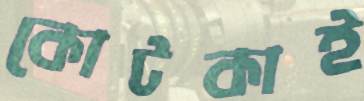
কোটকাই